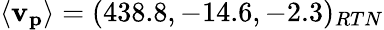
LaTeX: \mathbf{\langle v_{p}\rangle}=(438.8,-14.6,-2.3)_{RTN}